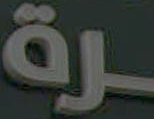
رة